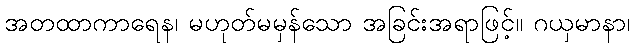
အတထာကာရေန၊ မဟုတ်မမှန်သော အခြင်းအရာဖြင့်။ ဂယှမာနာ၊